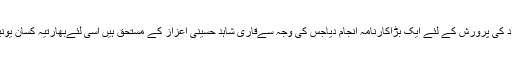
قاری شاہد حسینی نے لاک ڈاؤن میں متعدد محتاج افراد کی پرورش کے لئے ایک بڑاکارنامہ انجام دیاجس کی وجہ سےقاری شاہد حسینی اعزاز کے مستحق ہیں اسی لئےبھارتیہ کسان یونین لوک شکتی کی جانب سے اعزاز سے نوازا گیا ہے۔